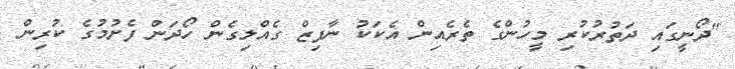
"ދޯނީގައި ދަތުރުކުރި މީހުންގެ ތެރެއިން އެކަކު ނާފިޒް ގެއްލިގެން ހޯދަން ފެށުމުގެ ކުރިން